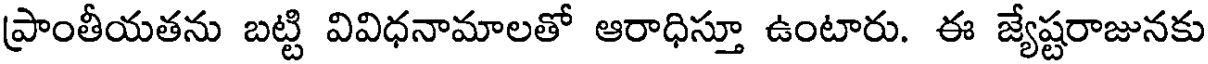
ప్రాంతీయతను బట్టి వివిధనామాలతో ఆరాధిస్తూ ఉంటారు. ఈ జ్యేష్టరాజునకు